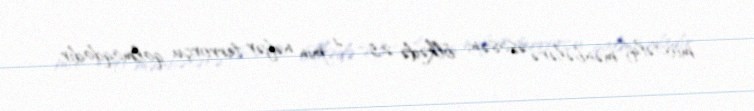
müxtəlif mənbələrə əsasən, ölkədə 2,5 - 4 min nəfər terrorçu qalmaqdadır.